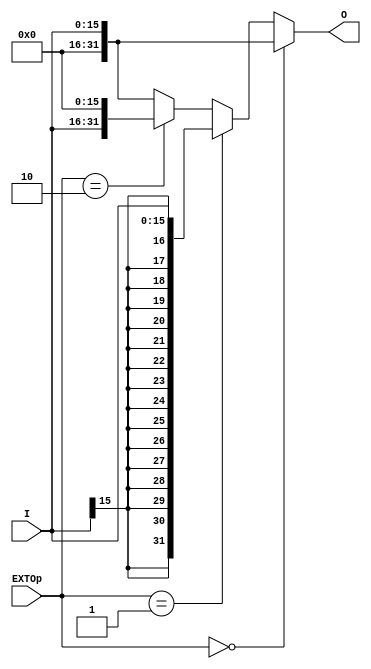
`timescale 1ns / 1ps
//////////////////////////////////////////////////////////////////////////////////
// Company: 
// Engineer: 
// 
// Design Name: 
// Module Name:    EXT 
// Project Name: 
// Target Devices: 
// Tool versions: 
// Description: 
//
// Dependencies: 
//
// Revision: 
// Revision 0.01 - File Created
// Additional Comments: 
//
//////////////////////////////////////////////////////////////////////////////////
module EXT(
    input [15:0] I,
    input [2:0] EXTOp,
    output [31:0] O
    );
    wire [31:0] signExt;
    assign signExt = {{16{I[15]}}, I};
    assign O = (EXTOp==3'b000)? {16'h0000, I}:
                (EXTOp==3'b001)? signExt:
                (EXTOp==3'b010)? {I, 16'h0000}:
                {16'h0000, I};  // 

endmodule